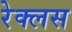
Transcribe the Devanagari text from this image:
रेक्लस